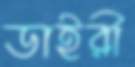
ডাইরী